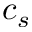
c _ { s }